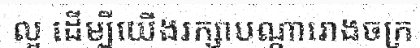
ល្អ ដើម្បីយើងរក្សាបណ្តារោងចក្រ